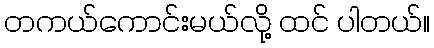
တကယ်ကောင်းမယ်လို့ ထင် ပါတယ်။